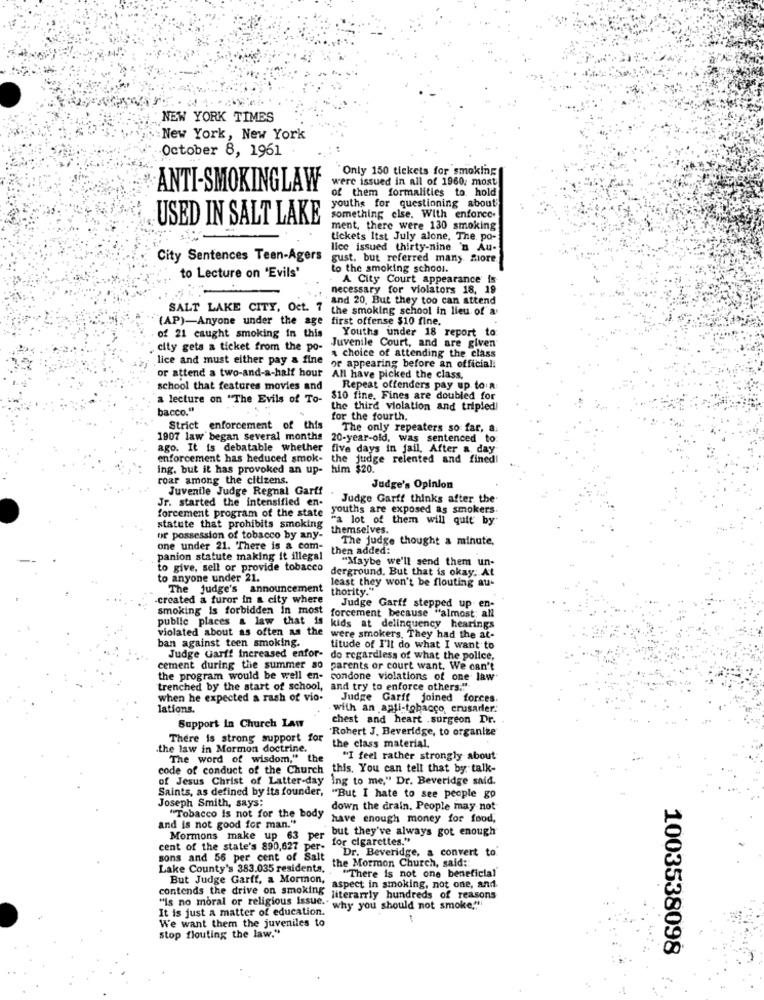
NEW YORK TIMES
New York, New York
October 8, 1961
Only 150 tickets for smoking
were issued in all of 1960, most
ANTI-SMOKINGLAW
of them formalities to hold
youths for questioning about;
USED IN SALT LAKE
something else. With enfance.
ment, there were 130 smoking
tickets Itst July alone, The. po-
lice issued thirty-nine 'n Au-
City Sentences Teen-Agers
gust. but referred many fiore
to the smoking school.
to Lecture on "Evils'
A City Court appearance is
necessary for violators 18, 19
and 20. But they too can attend
SALT LAKE CITY, Oct. 7
the smoking school in lieu of a
(AP)-Anyone under the age first offense $10 fine.
of 21 caught smoking in this
Youths under 18 report to
city gets a ticket from the po-
& choice of attending the class
Juvenile Court, and are given
lice and must either pay a fine or appearing before an official!
or attend a two-and-a-half hour All have picked the class.
school that features movies and
Repeat offenders pay up to a
a lecture on "The Evils of To-
$10 fine. Fines are doubled for
bacco."
the third violation and tripled!
for the fourth.
Strict enforcement of this
The only repeaters so far, a.
1907 law began several months 20-year-old, was sentenced to:
ago. It is debatable whether five days in jail, After a day
enforcement has heduced smok-
the judge relented and fined!
ing. but it has provoked an up- him $20.
roar among the citizens.
Juvenile Judge Regnal Garff
Judge's Opinion
Jr. started the intensified en-
Judge Garff thinks after the
forcement program of the state
youths are exposed as smokers.
"a lot of them will quit by
statute that prohibits smoking
themselves.
or possession of tobacco by any-
The judge thought a minute.
one under 21. There is & com-
then added:
panion statute making it illegal
"Maybe we'll send them un-
to give, sell or provide tobacco
derground. But that is okay. At
to anyone under 21.
least they won't be flouting au-
The judge's announcement
thority."
created a furor in a city where
Judge Garff stepped up en-
smoking is forbidden in most forcement because "almost; all
violated about as often as the
public places & law that is kids at delinquency hearings
ban against teen smoking.
were smokers, They had the at-
titude of I'll do what I want to
Judge Garff Increased enfor-
do regardless of what the police,
cement during the summer so parents or court want. We can't
the program would be well en- condone violations of one law
trenched by the start of school, and try to enforce others."
when he expected a rash of vio-
Judge Garff joined forces.
lations.
with an anti-tobacco, crusader:
Support In Church LAW
chest and heart .surgeon Dr.
"Robert J. Beveridge, to organize
There is strong support for
.the law in Mormon doctrine.
the class material.
The word of wisdom," the
"I feel rather strongly about
code of conduct of the Church this. You can tell that by talk-
of Jesus Christ of Latter-day Ing to me," Dr. Beveridge said.
Saints, as defined by its founder, "But I hate to see people go
Joseph Smith, says:
down the drain. People may not
"Tobacco is not for the body
have enough money for food,
and is not good for man."
but they've always got enough
Mormons make up 63 per
for cigarettes."
cent of the state's 890,627 per-
Dr. Beveridge, a convert to.
sons and 56 per cent of Salt
Lake County's 383.035 residents.
the Mormon Church, said ::
"There is not one beneficial
But Judge Garff, a Mormon,
contends the drive on smoking
aspect in smoking, not one, and
"is no moral or religious issue ..
literarrly hundreds of reasons
It is just a matter of education.
why you should not smoke.""
stop flouting the law."
We want them the juveniles to
1003538098